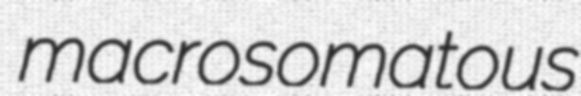
macrosomatous